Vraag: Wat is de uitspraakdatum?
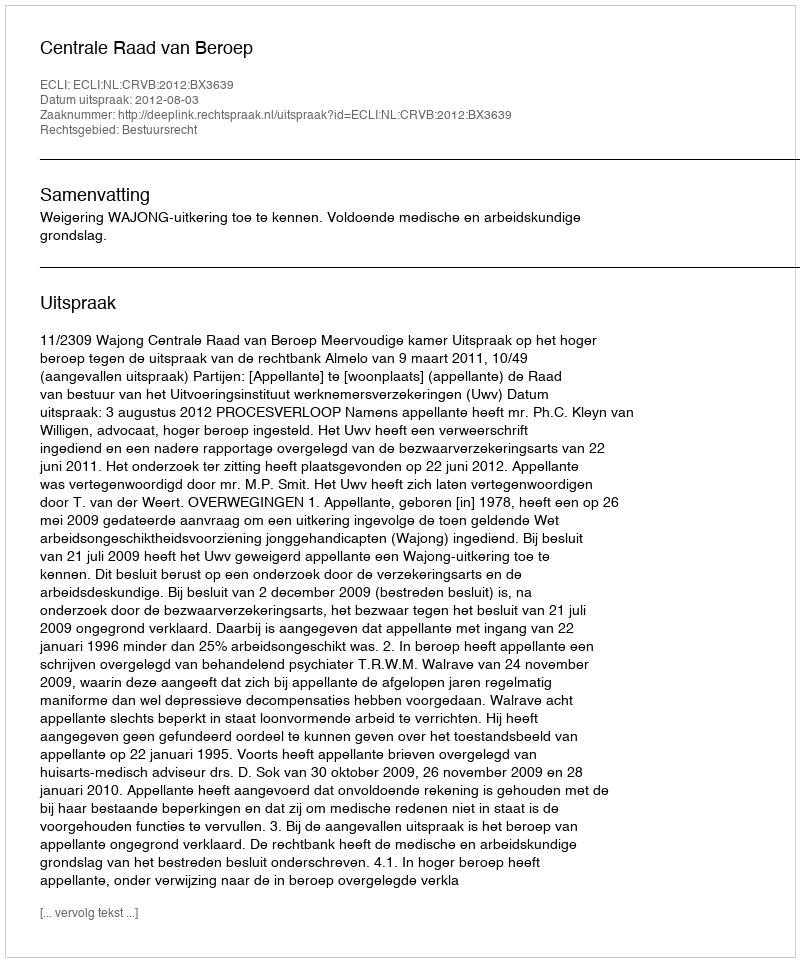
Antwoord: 2012-08-03